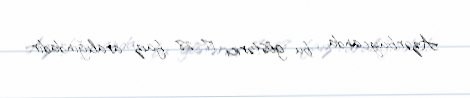
Azərbaycanda bu göstərici 17-28 faiz aralığındadır.